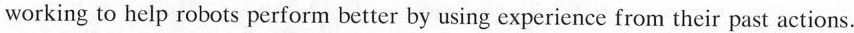
working to help robots perform better by using experience from their past actions.